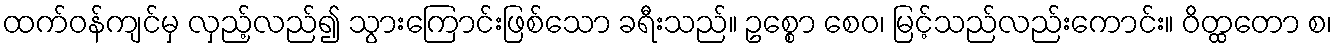
ထက်ဝန်ကျင်မှ လှည့်လည်၍ သွားကြောင်းဖြစ်သော ခရီးသည်။ ဥစ္စော စေဝ၊ မြင့်သည်လည်းကောင်း။ ဝိတ္ထတော စ၊